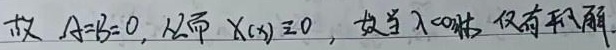
故 $A = B=0$，从而 $X(x)\equiv0$，故当 $\lambda = 0$ 时仅有平凡解。